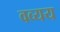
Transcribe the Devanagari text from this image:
वव्यय